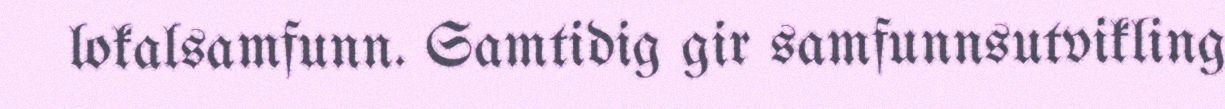
lokalsamfunn. Samtidig gir samfunnsutvikling